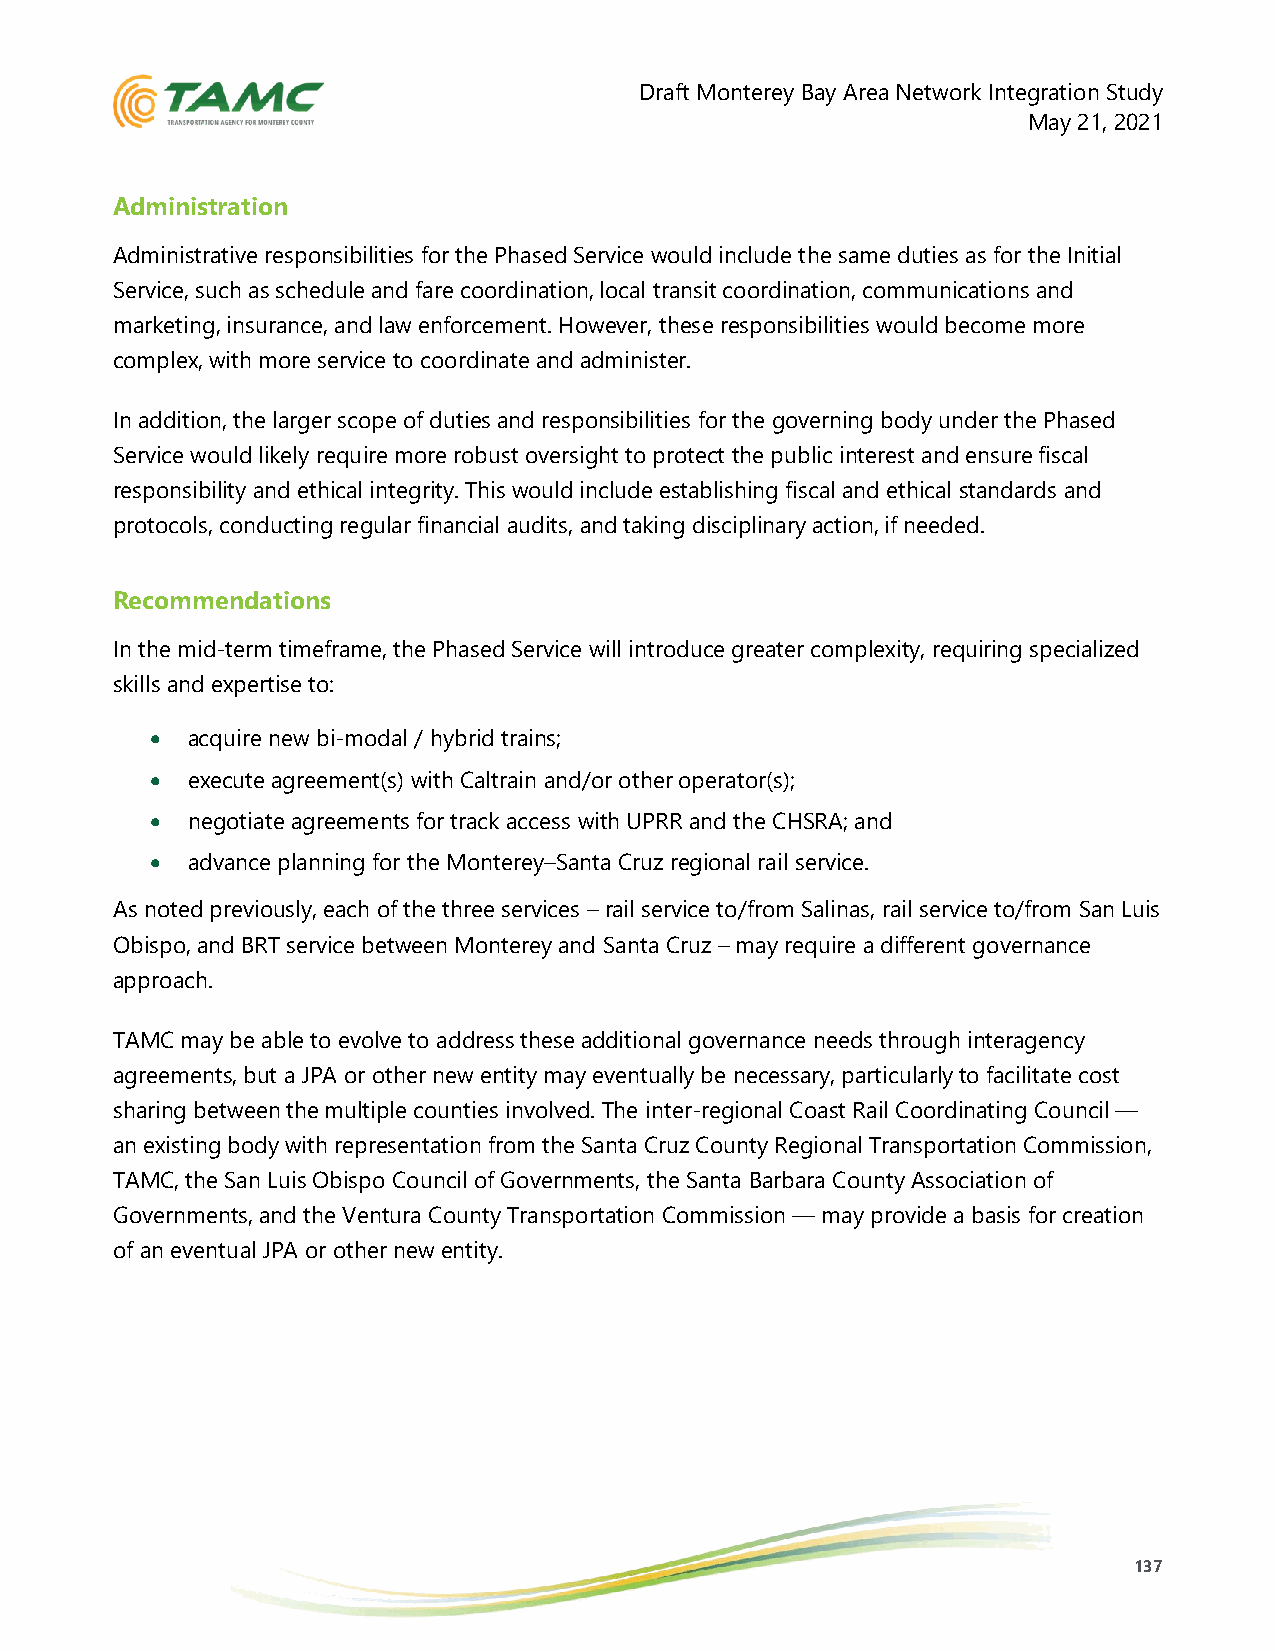
Draft Monterey Bay Area Network Integration Study
 May 21, 2021
 Administration
 Administrative responsibilities for the Phased Service would include the same duties as for the Initial
 Service, such as schedule and fare coordination, local transit coordination, communications and
 marketing, insurance, and law enforcement. However, these responsibilities would become more
 complex, with more service to coordinate and administer.
 In addition, the larger scope of duties and responsibilities for the governing body under the Phased
 Service would likely require more robust oversight to protect the public interest and ensure fiscal
 responsibility and ethical integrity. This would include establishing fiscal and ethical standards and
 protocols, conducting regular financial audits, and taking disciplinary action, if needed.
 Recommendations
 In the mid-term timeframe, the Phased Service will introduce greater complexity, requiring specialized
 skills and expertise to:
 • acquire new bi-modal / hybrid trains;
 • execute agreement(s) with Caltrain and/or other operator(s);
 • negotiate agreements for track access with UPRR and the CHSRA; and
 • advance planning for the Monterey–Santa Cruz regional rail service.
 As noted previously, each of the three services – rail service to/from Salinas, rail service to/from San Luis
 Obispo, and BRT service between Monterey and Santa Cruz – may require a different governance
 approach.
 TAMC may be able to evolve to address these additional governance needs through interagency
 agreements, but a JPA or other new entity may eventually be necessary, particularly to facilitate cost
 sharing between the multiple counties involved. The inter-regional Coast Rail Coordinating Council —
 an existing body with representation from the Santa Cruz County Regional Transportation Commission,
 TAMC, the San Luis Obispo Council of Governments, the Santa Barbara County Association of
 Governments, and the Ventura County Transportation Commission — may provide a basis for creation
 of an eventual JPA or other new entity.
 137